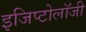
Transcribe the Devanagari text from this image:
इजिप्टोलॉजी